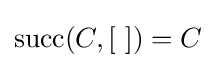
\operatorname {succ} (C,[\ ])=C